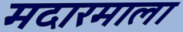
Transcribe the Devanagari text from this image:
मदारमाला